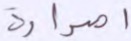
اصدارة